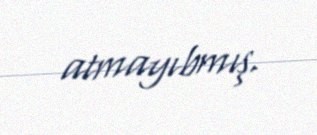
atmayıbmış.